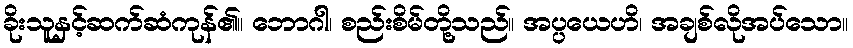
ခိုးသူနှင့်ဆက်ဆံကုန်၏။ ဘောဂါ၊ စည်းစိမ်တို့သည်။ အပ္ပယေဟိ၊ အချစ်လိုအပ်သော။